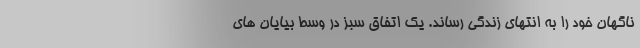
ناگهان خود را به انتهای زندگی رساند. یک اتفاق سبز در وسط بیایان های